Civil Veterinary Dept. North-West Frontier Province 1923-32 - 1923-1932
Year: 1923
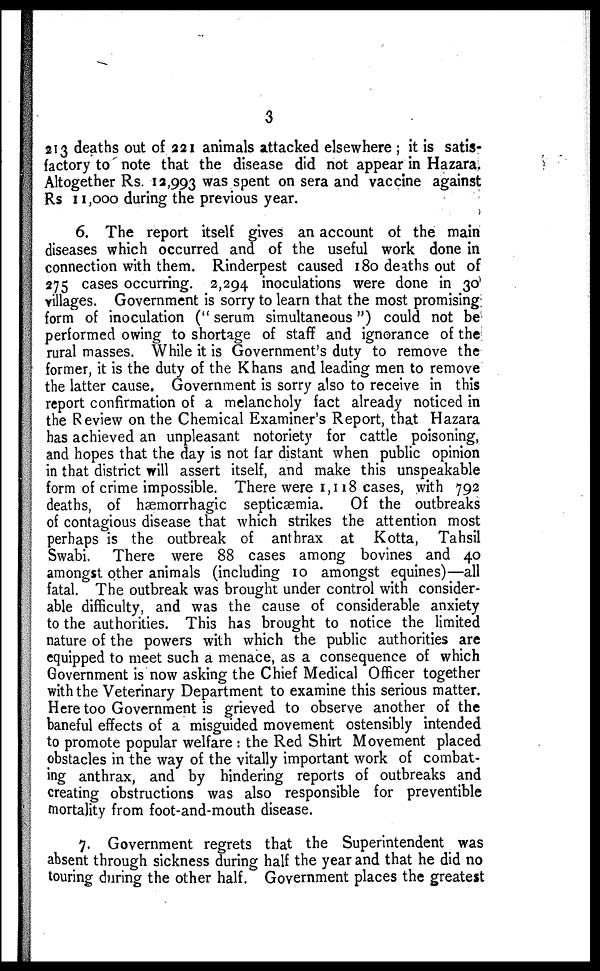
3
213 deaths out of 221 animals attacked elsewhere ; it is satis-
factory to note that the disease did not appear in Hazara.
Altogether Rs. 12,993 was spent on sera and vaccine against
Rs 11,000 during the previous year.
6. The report itself gives an account of the main
diseases which occurred and of the useful work done in
connection with them. Rinderpest caused 180 deaths out of
275 cases occurring. 2,294 inoculations were done in 30
villages. Government is sorry to learn that the most promising
form of inoculation (" serum simultaneous ") could not be
performed owing to shortage of staff and ignorance of the
rural masses. While it is Government's duty to remove the
former, it is the duty of the Khans and leading men to remove
the latter cause. Government is sorry also to receive in this
report confirmation of a melancholy fact already noticed in
the Review on the Chemical Examiner's Report, that Hazara
has achieved an unpleasant notoriety for cattle poisoning,
and hopes that the day is not far distant when public opinion
in that district will assert itself, and make this unspeakable
form of crime impossible. There were 1,118 cases, with 792
deaths, of hæmorrhagic septicæmia.
Of the outbreaks
of contagious disease that which strikes the attention most
perhaps is the outbreak of anthrax at Kotta, Tahsil
Swabi. There were 88 cases among bovines and 40
amongst other animals (including 10 amongst equines)—all
fatal. The outbreak was brought under control with consider-
able difficulty, and was the cause of considerable anxiety
to the authorities. This has brought to notice the limited
nature of the powers with which the public authorities are
equipped to meet such a menace, as a consequence of which
Government is now asking the Chief Medical Officer together
with the Veterinary Department to examine this serious matter.
Here too Government is grieved to observe another of the
baneful effects of a misguided movement ostensibly intended
to promote popular welfare : the Red Shirt Movement placed
obstacles in the way of the vitally important work of combat-
ing anthrax, and by hindering reports of outbreaks and
creating obstructions was also responsible for preventible
mortality from foot-and-mouth disease.
7. Government regrets that the Superintendent was
absent through sickness during half the year and that he did no
touring during the other half. Government places the greatest